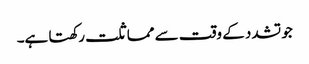
جو تشدد کے وقت سے مماثلت رکھتا ہے۔